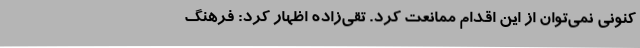
کنونی نمی‌توان از این اقدام ممانعت کرد. تقی‌زاده اظهار کرد: فرهنگ